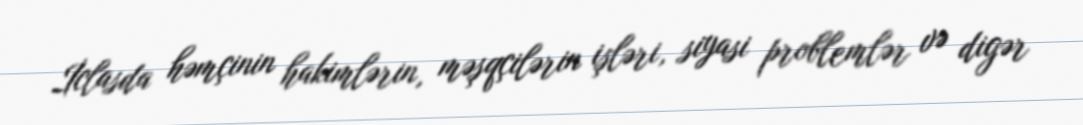
İclasda həmçinin hakimlərin, məşqçilərin işləri, siyasi problemlər və digər